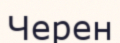
Черен